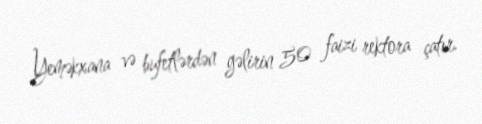
Yeməkxana və bufetlərdən gəlirin 50 faizi rektora çatır.